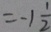
= - 1 \frac { 1 } { 2 }